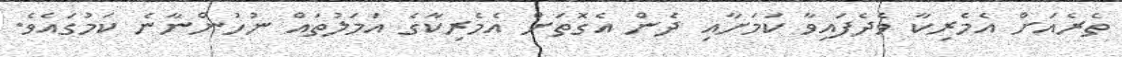
ތެރެއަށް އެމެރިކާ ވެދެފައިވާ ކަމަށާއި ދެން އެގޮތަށް އެމެރިކާގެ އަމަލުތައް ނުހުންނާނެ ކަމުގައެވެ.